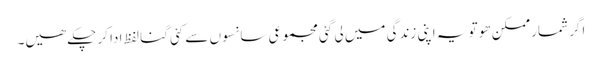
اگر شمار ممکن ھو تو یہ اپنی زندگی میں لی گئی مجموعی سانسوں سے کئی گنا لفظ ادا کر چکے ھیں۔